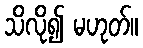
သိလို၍ မဟုတ်။